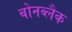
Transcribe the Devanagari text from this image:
बोनब्लैक